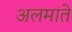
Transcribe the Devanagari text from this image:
अलमाते